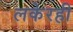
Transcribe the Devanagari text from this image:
लकेरही